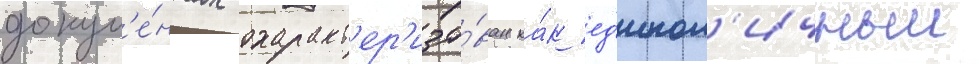
докум'е́нтах охаракт'ер'изо́ван ка́к ед'инол'ичныи